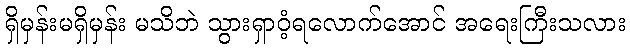
ရှိမှန်းမရှိမှန်း မသိဘဲ သွားရှာဝံ့ရလောက်အောင် အရေးကြီးသလား